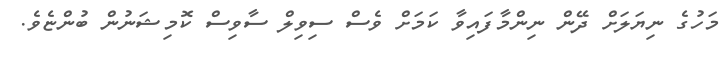
މަހުގެ ނިޔަލަށް ދޭން ނިންމާފައިވާ ކަމަށް ވެސް ސިވިލް ސާވިސް ކޮމިޝަނުން ބުންޏެވެ.